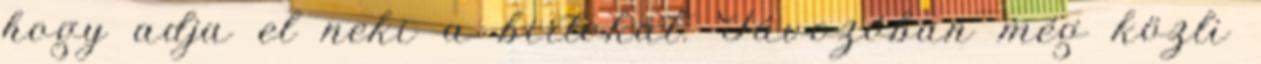
hogy adja el neki a birtokát. Távozóban még közli